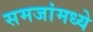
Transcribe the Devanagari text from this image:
समजांमध्ये